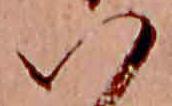
い